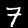
Digit: 7